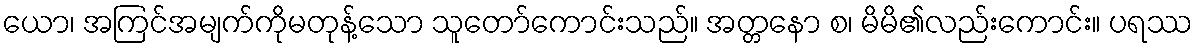
ယော၊ အကြင်အမျက်ကိုမတုန့်သော သူတော်ကောင်းသည်။ အတ္တနော စ၊ မိမိ၏လည်းကောင်း။ ပရဿ